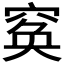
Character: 𥦺